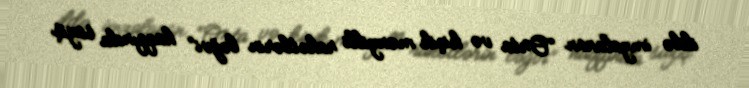
ildə imzalanan “Orta və kiçik mənzilli raketlərin ləğvi” haqqında saziş